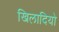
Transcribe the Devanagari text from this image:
खिलादियो